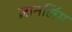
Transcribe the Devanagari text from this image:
ज्ञानलिंग